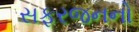
સફરજનનો